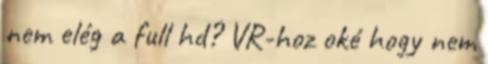
nem elég a full hd? VR-hoz oké hogy nem